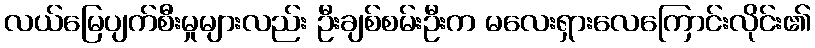
လယ်မြေပျက်စီးမှုများလည်း ဦးချစ်စမ်းဦးက မလေးရှားလေကြောင်းလိုင်း၏